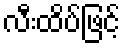
လီးထိပ်ဖြင့်